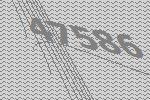
47586